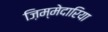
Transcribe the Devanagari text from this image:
ज़िम्मेदारिया